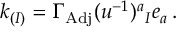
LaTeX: k _ { ( I ) } = \Gamma _ { \mathrm { A d j } } ( u ^ { - 1 } ) ^ { a } { } _ { I } e _ { a } \, .